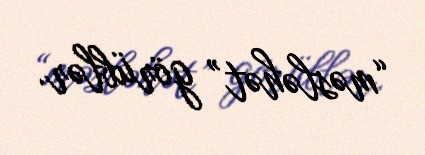
“məsləhət” görüblər.